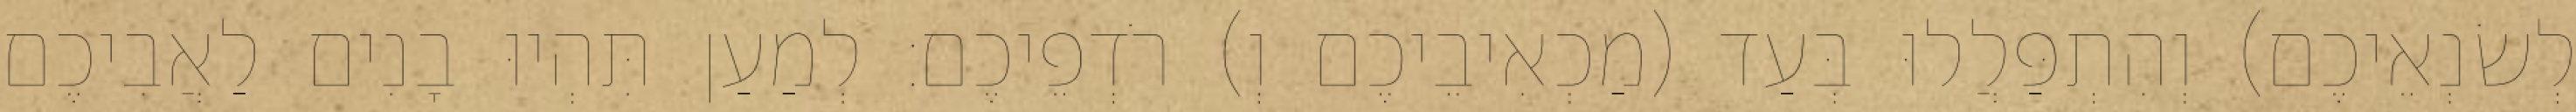
לְשׂנְאֵיכֶם) וְהִתְפַּלֲלוּ בְּעַד (מַכְאִיבֵיכֶם וְ) רֹדְפֵיכֶם׃ לְמַעַן תִּהְיוּ בָנִים לַאֲבִיכֶם